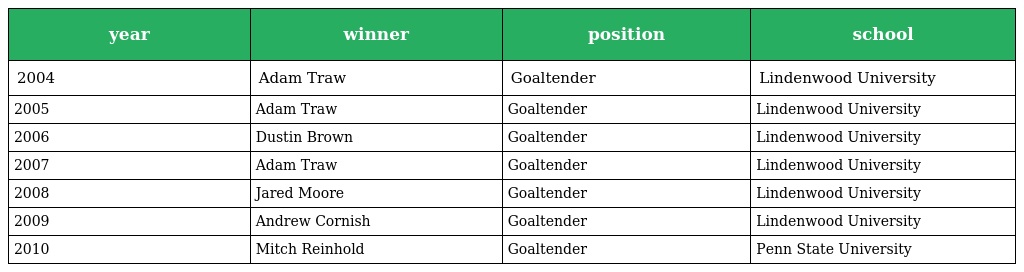
| year | winner | position | school |
 | --- | --- | --- | --- |
 | 2004 | Adam Traw | Goaltender | Lindenwood University |
 | 2005 | Adam Traw | Goaltender | Lindenwood University |
 | 2006 | Dustin Brown | Goaltender | Lindenwood University |
 | 2007 | Adam Traw | Goaltender | Lindenwood University |
 | 2008 | Jared Moore | Goaltender | Lindenwood University |
 | 2009 | Andrew Cornish | Goaltender | Lindenwood University |
 | 2010 | Mitch Reinhold | Goaltender | Penn State University |